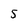
Character: 5